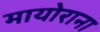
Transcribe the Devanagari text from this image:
मायोराना